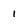
Character: 1